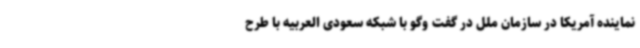
نماینده آمریکا در سازمان ملل در گفت وگو با شبکه سعودی العربیه با طرح